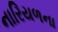
નારિયળના